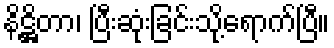
နိဋ္ဌိတာ၊ ပြီးဆုံးခြင်းသို့ရောက်ပြီ။